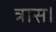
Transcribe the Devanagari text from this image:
त्रास।